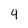
Character: 4